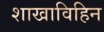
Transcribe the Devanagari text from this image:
शाखाविहिन